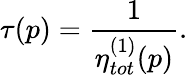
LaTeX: \tau(p)={\frac{1}{\eta_{tot}^{(1)}(p)}}.